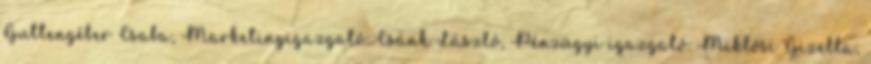
Guttengéber Csaba, Marketingigazgató: Csánk László, Pénzügyi igazgató: Miklósi Gizella,